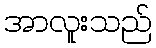
အာလူးသည်